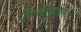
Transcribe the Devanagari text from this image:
हिगोमिनाकिस